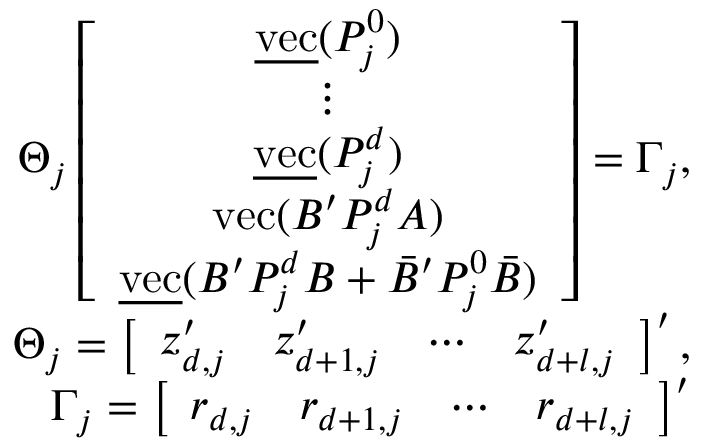
\begin{array} { r l r } & { } & { \Theta _ { j } \left[ \begin{array} { c } { \underline { { \mathrm { v e c } } } ( P _ { j } ^ { 0 } ) } \\ { \vdots } \\ { \underline { { \mathrm { v e c } } } ( P _ { j } ^ { d } ) } \\ { \mathrm { v e c } ( B ^ { \prime } P _ { j } ^ { d } A ) } \\ { \underline { { \mathrm { v e c } } } ( B ^ { \prime } P _ { j } ^ { d } B + \bar { B } ^ { \prime } P _ { j } ^ { 0 } \bar { B } ) } \end{array} \right] = \Gamma _ { j } , } \\ & { } & { \Theta _ { j } = \left[ \begin{array} { l l l l } { z _ { d , j } ^ { \prime } } & { z _ { d + 1 , j } ^ { \prime } } & { \cdots } & { z _ { d + l , j } ^ { \prime } } \end{array} \right] ^ { \prime } , } \\ & { } & { \Gamma _ { j } = \left[ \begin{array} { l l l l } { r _ { d , j } } & { r _ { d + 1 , j } } & { \cdots } & { r _ { d + l , j } } \end{array} \right] ^ { \prime } } \end{array}